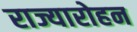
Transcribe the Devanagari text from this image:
राज्यारोहन